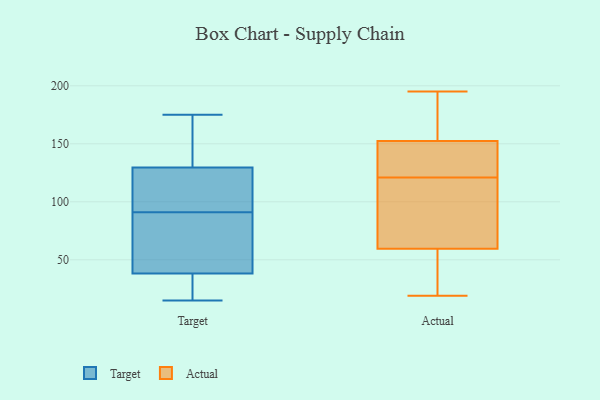
{"axis": {"x": "Gross Profit (USD K)", "y": "Value"}, "legend": ["Actual", "Target"], "data": [{"x": "", "y": 175, "type": "Target"}, {"x": "", "y": 39, "type": "Target"}, {"x": "", "y": 91, "type": "Target"}, {"x": "", "y": 137, "type": "Target"}, {"x": "", "y": 105, "type": "Target"}, {"x": "", "y": 32, "type": "Target"}, {"x": "", "y": 15, "type": "Target"}, {"x": "", "y": 136, "type": "Target"}, {"x": "", "y": 38, "type": "Target"}, {"x": "", "y": 110, "type": "Target"}, {"x": "", "y": 44, "type": "Target"}, {"x": "", "y": 169, "type": "Actual"}, {"x": "", "y": 75, "type": "Actual"}, {"x": "", "y": 151, "type": "Actual"}, {"x": "", "y": 164, "type": "Actual"}, {"x": "", "y": 30, "type": "Actual"}, {"x": "", "y": 67, "type": "Actual"}, {"x": "", "y": 123, "type": "Actual"}, {"x": "", "y": 121, "type": "Actual"}, {"x": "", "y": 37, "type": "Actual"}, {"x": "", "y": 144, "type": "Actual"}, {"x": "", "y": 195, "type": "Actual"}, {"x": "", "y": 71, "type": "Actual"}, {"x": "", "y": 19, "type": "Actual"}, {"x": "", "y": 72, "type": "Actual"}, {"x": "", "y": 157, "type": "Actual"}, {"x": "", "y": 23, "type": "Actual"}, {"x": "", "y": 125, "type": "Actual"}]}